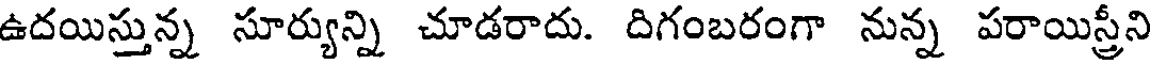
ఉదయిస్తున్న సూర్యున్ని చూడరాదు. దిగంబరంగా నున్న పరాయిస్త్రీని